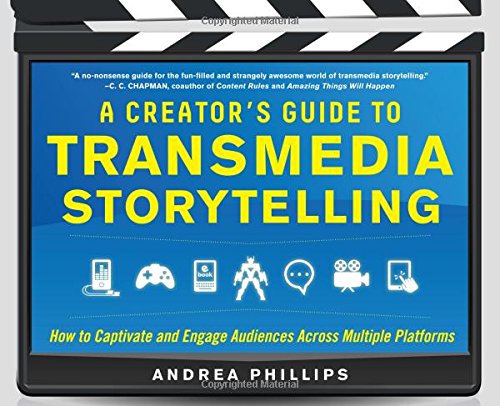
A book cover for A Creator's Guide to Transmedia Storytelling: How to Captivate and Engage Audiences Across Multiple Platforms; Andrea Phillips; Politics & Social Sciences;